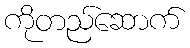
ကိုတည်ဆောက်